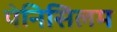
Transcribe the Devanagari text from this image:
पेनिसिलम